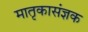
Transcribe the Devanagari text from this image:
मातृकासंज्ञक